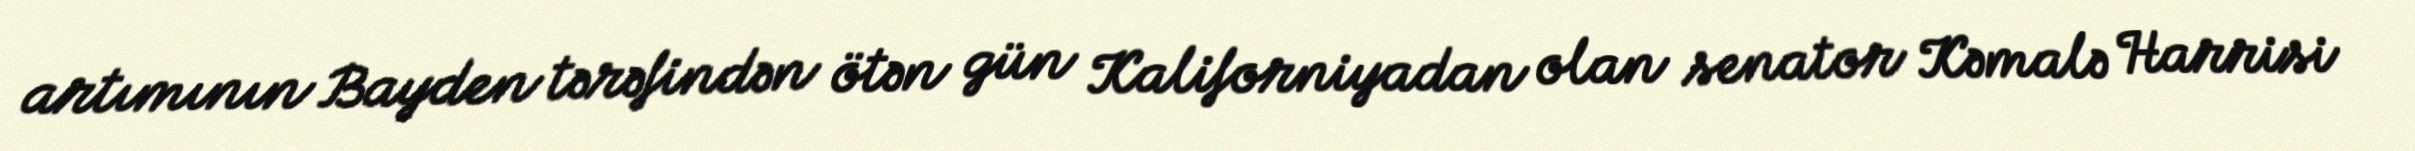
artımının Bayden tərəfindən ötən gün Kaliforniyadan olan senator Kəmalə Harrisi